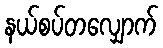
နယ်စပ်တလျှောက်